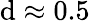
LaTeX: \mathrm{d}\approx0.5